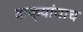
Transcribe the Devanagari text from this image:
वाक्यांचाच